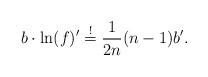
\begin{align*}b \cdot \ln(f)' \stackrel{!}{=} \frac{1}{2n}(n-1) b'. \end{align*}